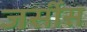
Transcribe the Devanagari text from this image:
जर्सीस